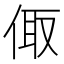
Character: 𠉧